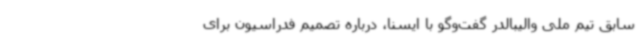
سابق تیم ملی والیبالدر گفت‌وگو با ایسنا، درباره تصمیم فدراسیون برای